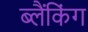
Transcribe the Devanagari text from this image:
ब्लैंकिंग